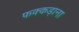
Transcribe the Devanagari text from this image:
फक्‍कड़ाना